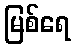
မြစ်ရေ